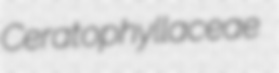
Ceratophyllaceae